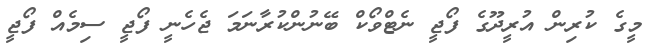
މީގެ ކުރިން އުރީދޫގެ ފޯޖީ ނެޓްވޯކް ބޭނުންކުރާނަމަ ޖެހެނީ ފޯޖީ ސިމެއް ފޯޖީ